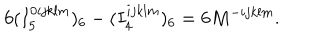
6 ( I _ { 5 } ^ { 0 i j k l m } ) _ { 6 } - ( I _ { 4 } ^ { i j k l m } ) _ { 6 } = 6 M ^ { - i j k l m } .